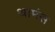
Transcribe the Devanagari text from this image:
थामंस